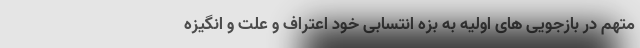
متهم در بازجویی های اولیه به بزه انتسابی خود اعتراف و علت و انگیزه